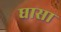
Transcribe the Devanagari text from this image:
घासा